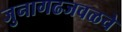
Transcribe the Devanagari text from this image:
जुनागढजवळचे